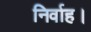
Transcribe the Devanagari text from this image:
निर्वाह।